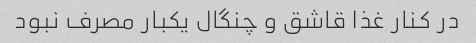
در کنار غذا قاشق و چنگال یکبار مصرف نبود